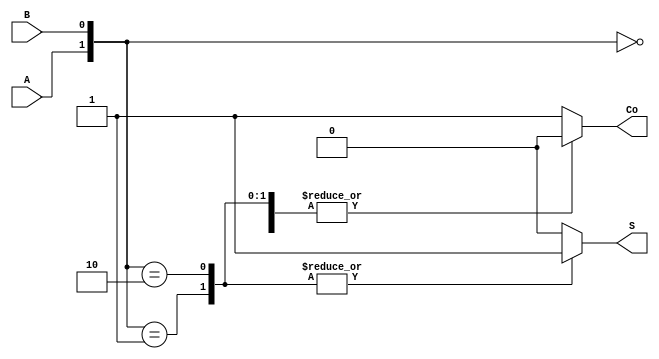
module half_adder_case (A, B, Co, S);
input A, B;
output Co, S;
reg Co, S;

always @ (A or B) begin
  case ({A, B})
    2'b00: begin Co = 0; S = 0; end
    2'b01: begin Co = 0; S = 1; end
    2'b10: begin Co = 0; S = 1; end
    default: begin Co = 1; S = 0; end
  endcase

end

endmodule // half_adder_case